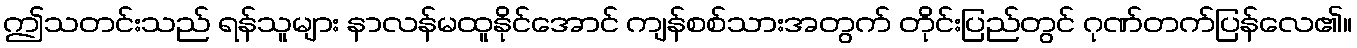
ဤသတင်းသည် ရန်သူများ နာလန်မထူနိုင်အောင် ကျန်စစ်သားအတွက် တိုင်းပြည်တွင် ဂုဏ်တက်ပြန်လေ၏။